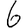
Digit: 6